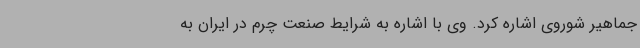
جماهیر شوروی اشاره کرد. وی با اشاره به شرایط صنعت چرم در ایران به